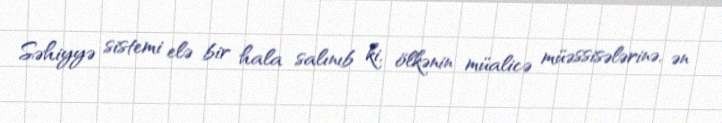
Səhiyyə sistemi elə bir hala salınıb ki, ölkənin müalicə müəssisələrinə, ən